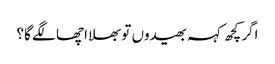
اگر کچھ کہہ بھیدوں تو بھلا اچھا لگے گا؟